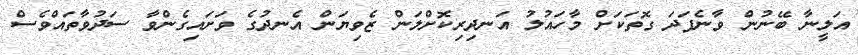
އަލީނާ ބޭނުން ވާނެފަދަ ގޮތަކަށް މާހައުލު އަނދިރިކޮށްލަން ޒެވިޔަން އެނދުގެ ވަށައިގެންވާ ސަދުވާތައްވެސް